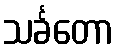
သင်္ခတော